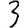
Digit: 3